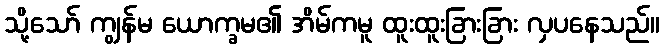
သို့သော် ကျွန်မ ယောက္ခမ၏ အိမ်ကမူ ထူးထူးခြားခြား လှပနေသည်။